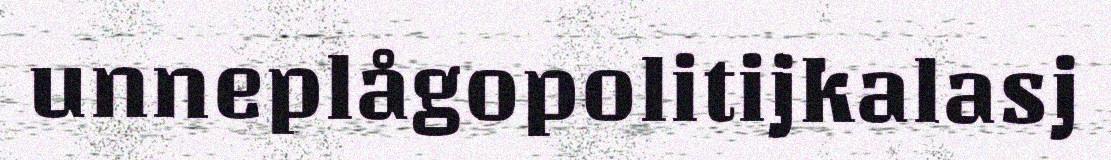
unneplågopolitijkalasj